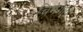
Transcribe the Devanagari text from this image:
चिमेगाव